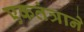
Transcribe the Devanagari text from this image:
एकतंत्राने